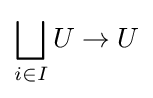
\bigsqcup _{i\in I}U\to U